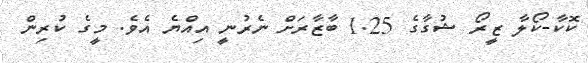
ކޮކާ-ކޯލާ ޒީރޯ ޝުގާގެ 1.25 ބާޒާރަށް ނެރުނީ އިއްޔެ އެވެ. މީގެ ކުރިން